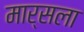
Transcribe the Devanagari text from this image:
मार्सला